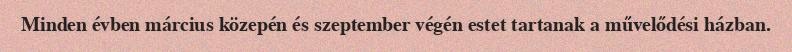
Minden évben március közepén és szeptember végén estet tartanak a művelődési házban.